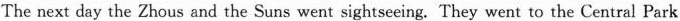
The next day the Zhous and the Suns went sightseeing. They went to the Central Park